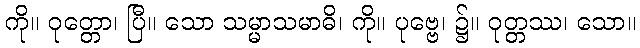
ကို။ ဝုတ္တော၊ ပြီ။ သော သမ္မာသမာဓိ၊ ကို။ ပုဗ္ဗေ၊ ၌။ ဝုတ္တဿ၊ သော။